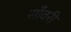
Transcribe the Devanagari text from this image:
साँवरी